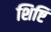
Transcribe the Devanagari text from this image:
शिष्टि